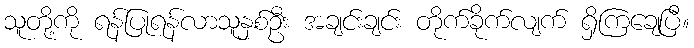
သူတို့ကို ရန်ပြုရန်လာသူနှစ်ဦး အချင်းချင်း တိုက်ခိုက်လျက် ရှိကြချေပြီ။